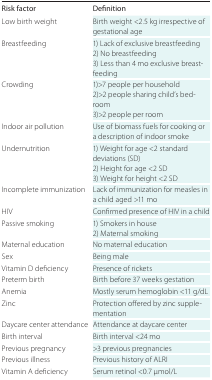
| Risk factor | Definition |
 | --- | --- |
 | Low birth weight | Birth weight <2.5 kg irrespective of gestational age |
 | Breastfeeding | 1) Lack of exclusive breastfeeding 2) No breastfeeding 3) Less than 4 mo exclusive breastfeeding |
 | Crowding | 1)>7 people per household 2)>2 people sharing child’s bedroom 3)>2 people per room |
 | Indoor air pollution | Use of biomass fuels for cooking or a description of indoor smoke |
 | Undernutrition | 1) Weight for age <2 standard deviations (SD) 2) Height for age <2 SD 3) Weight for height <2 SD |
 | Incomplete immunization | Lack of immunization for measles in a child aged >11 mo |
 | HIV | Confirmed presence of HIV in a child |
 | Passive smoking | 1) Smokers in house 2) Maternal smoking |
 | Maternal education | No maternal education |
 | Sex | Being male |
 | Vitamin D deficiency | Presence of rickets |
 | Preterm birth | Birth before 37 weeks gestation |
 | Anemia | Mostly serum hemoglobin <11 g/dL |
 | Zinc | Protection offered by zinc supplementation |
 | Daycare center attendance | Attendance at daycare center |
 | Birth interval | Birth interval <24 mo |
 | Previous pregnancy | >3 previous pregnancies |
 | Previous illness | Previous history of ALRI |
 | Vitamin A deficiency | Serum retinol <0.7 μmol/L |